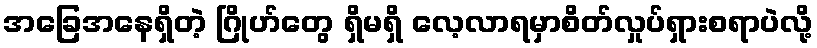
အခြေအနေရှိတဲ့ ဂြိုဟ်တွေ ရှိမရှိ လေ့လာရမှာစိတ်လှုပ်ရှားစရာပဲလို့